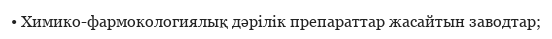
• Химико-фармокологиялық дәрілік препараттар жасайтын заводтар;